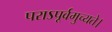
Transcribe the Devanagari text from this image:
पराऽपूर्वमुच्यते।